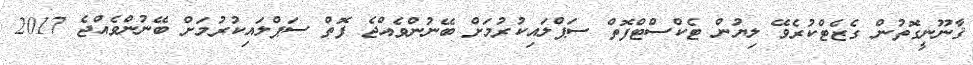
ޤާނޫނީގޮތުން ގެޒެޓްކުރެވޭ ލިޔުން ޓެކްސްޓްފޮތް ސަޕްލައިކުރުމަށް ބޭނުންވެއްޖެ ފޮތް ސަޕްލައިކުރުމަށް ބޭނުންވެއްޖެ 2017